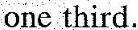
one third.